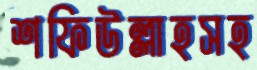
শফিউল্লাহসহ